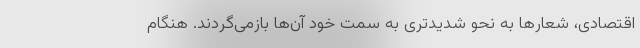
اقتصادی، شعارها به نحو شدیدتری به سمت خود آن‌ها بازمی‌گردند. هنگام